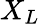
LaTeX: X_{L}